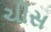
ચીસ